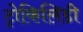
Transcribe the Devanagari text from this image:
ट्रोकिलिडी